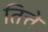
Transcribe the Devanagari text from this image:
तित्ते